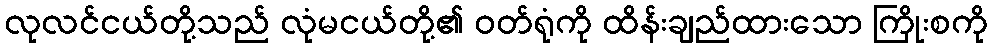
လုလင်ငယ်တို့သည် လုံမငယ်တို့၏ ဝတ်ရုံကို ထိန်းချည်ထားသော ကြိုးစကို